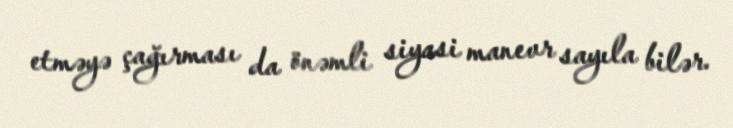
etməyə çağırması da önəmli siyasi manevr sayıla bilər.